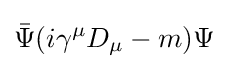
{\bar {\Psi }}(i\gamma ^{\mu }D_{\mu }-m)\Psi